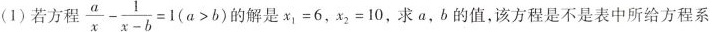
(1)若方程$$\frac{ a } { x } - \frac{ 1 } { x - b }=1 ( a > b )$$ 解是 $$x _ { 1 } = 6$$，$$x _ { 2 } = 1 0$$， 求a，b的值，该方程是不是表中所给方程系